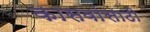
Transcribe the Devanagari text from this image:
कासवांसाठी